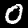
Digit: 0